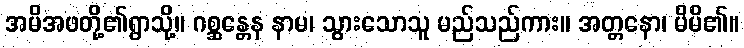
အမိအဖတို့၏ရွာသို့။ ဂစ္ဆန္တေန နာမ၊ သွားသောသူ မည်သည်ကား။ အတ္တနော၊ မိမိ၏။